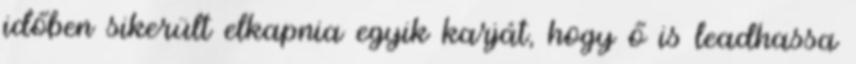
időben sikerült elkapnia egyik karját, hogy ő is leadhassa